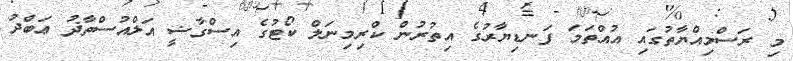
މި ރަސްމިއްޔާތުގައި އުއްތަމަ ފަނޑިޔާރުގެ އިތުރުން ކްރިމިނަލް ކޯޓުގެ އިސްގާޟީ އަލްއުސްތާޛު ޢަބްދު